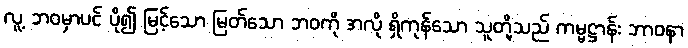
လူ့ ဘဝမှာပင် ပို၍ မြင့်သော မြတ်သော ဘဝကို အလို ရှိကုန်သော သူတို့သည် ကမ္မဋ္ဌာန်း ဘာဝနာ